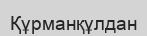
Құрманқұлдан